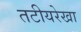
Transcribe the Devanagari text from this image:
तटीयरेखा